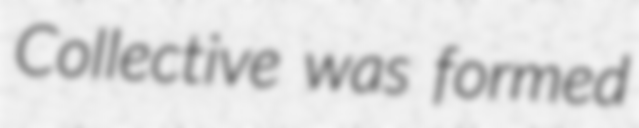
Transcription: Collective was formed